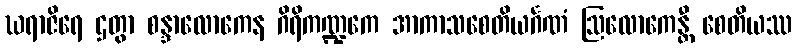
ဃရာဇိရေ ဌတွာ စန္ဒာလောကေန ဂိရိကဏ္ဍကေ အာကာသစေတိယင်္ဂဏံ ဩလောကေန္တီ စေတိယဿ